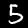
Label: 5